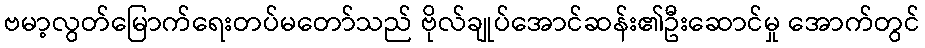
ဗမာ့လွတ်မြောက်ရေးတပ်မတော်သည် ဗိုလ်ချုပ်အောင်ဆန်း၏ဦးဆောင်မှု အောက်တွင်